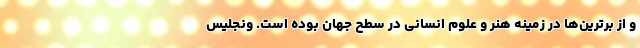
و از برترین‌ها در زمینه هنر و علوم انسانی در سطح جهان بوده است. ونجلیس